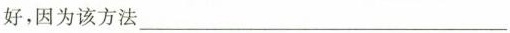
好，因为该方法___